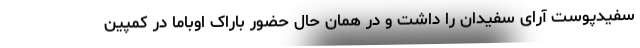
سفیدپوست آرای سفیدان را داشت و در همان حال حضور باراک اوباما در کمپین